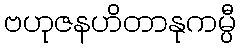
ဗဟုဇနဟိတာနုကမ္ပီ